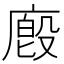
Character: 廏